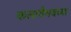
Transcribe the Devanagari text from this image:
कलावैभवच्या